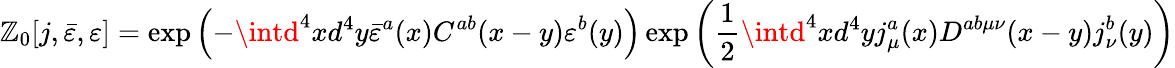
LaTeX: \mathbb{Z}_{0}[j,{\bar{{\varepsilon}}},\varepsilon]=\exp\left(-\intd^{4}xd^{4}y{\bar{{\varepsilon}}}^{a}(x)C^{ab}(x-y)\varepsilon^{b}(y)\right)\exp\left({\frac{{1}}{{2}}}\intd^{4}xd^{4}yj_{\mu}^{a}(x)D^{ab\mu\nu}(x-y)j_{\nu}^{b}(y)\right)